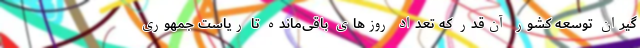
گيران توسعه كشور آن‌قدر که تعداد روزهای باقی‌مانده تا ریاست جمهوری